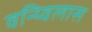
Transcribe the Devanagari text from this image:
वन्य्विलास